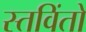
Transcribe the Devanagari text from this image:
स्तविंतो